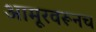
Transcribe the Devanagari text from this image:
आमूरवरूनच